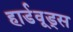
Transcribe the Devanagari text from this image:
हार्डवूड्स